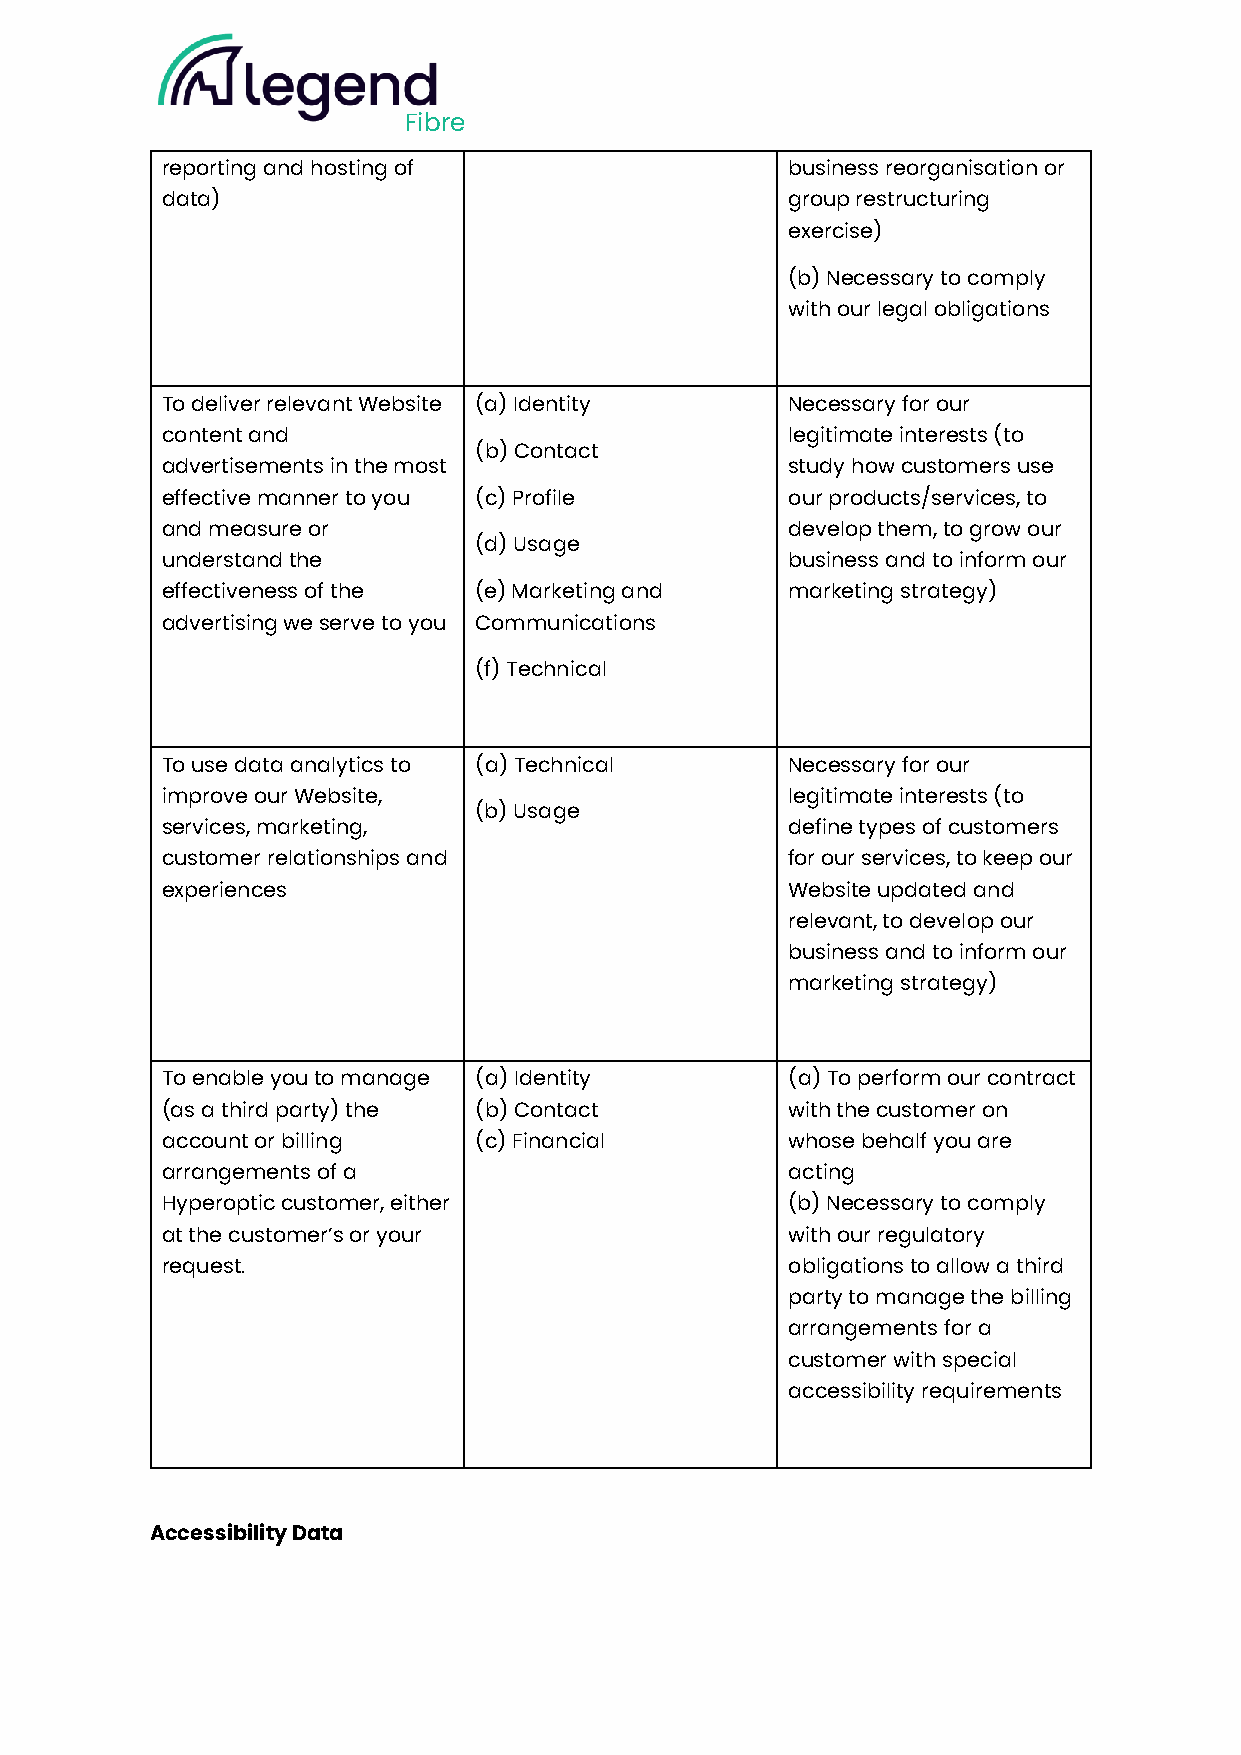
Fibre
 reporting and hosting of                 business reorganisation or
 data)                                    group restructuring
 exercise)
 (b) Necessary to comply
 with our legal obligations
 To deliver relevant Website (a) Identity Necessary for our
 content and                              legitimate interests (to
 (b) Contact
 advertisements in the most               study how customers use
 effective manner to you (c) Profile      our products/services, to
 and measure or                           develop them, to grow our
 (d) Usage
 understand the                           business and to inform our
 effectiveness of the (e) Marketing and   marketing strategy)
 advertising we serve to you Communications
 (f) Technical
 To use data analytics to (a) Technical   Necessary for our
 improve our Website,                     legitimate interests (to
 (b) Usage
 services, marketing,                     define types of customers
 customer relationships and               for our services, to keep our
 experiences                              Website updated and
 relevant, to develop our
 business and to inform our
 marketing strategy)
 To enable you to manage (a) Identity     (a) To perform our contract
 (as a third party) the (b) Contact       with the customer on
 account or billing  (c) Financial        whose behalf you are
 arrangements of a                        acting
 Hyperoptic customer, either              (b) Necessary to comply
 at the customer’s or your                with our regulatory
 request.                                 obligations to allow a third
 party to manage the billing
 arrangements for a
 customer with special
 accessibility requirements
 Accessibility Data